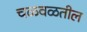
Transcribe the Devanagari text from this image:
चळवळतील